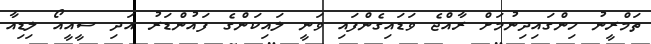
ތަމްރީނު ހިންގައިދިނުމަށް ރާއްޖެ ވަޑައިގެންފައި ވަނީ ލައިކަންގެ ފައުންޑަރު އަދި ސީއީއޯ ލިޑިއާ